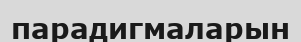
парадигмаларын